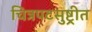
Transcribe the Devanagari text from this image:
चित्रपटसुष्ट्रीत